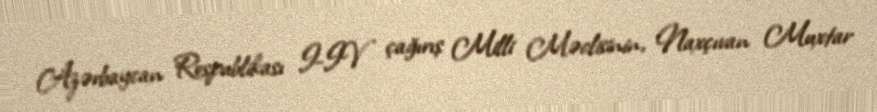
Azərbaycan Respublikası I-IV çağırış Milli Məclisinin, Naxçıvan Muxtar